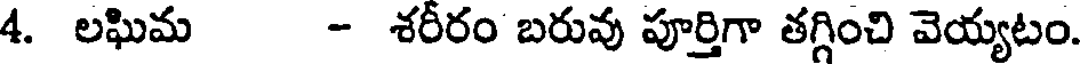
4. లఘిమ - శరీరం బరువు పూర్తిగా తగ్గించి వెయ్యటం.